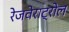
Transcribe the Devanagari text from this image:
रेजवेराट्रोल